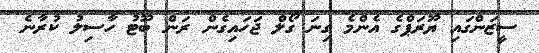
ސީޒަންގައި ޔޫރަޕްގެ އެންމެ ގިނަ ގޯލް ޖަހައިގެން ރަން ބޫޓު ހާސިލު ކުރާނެ